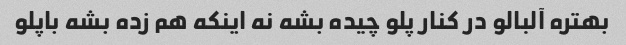
بهتره آلبالو در کنار پلو چیده بشه نه اینکه هم زده بشه باپلو